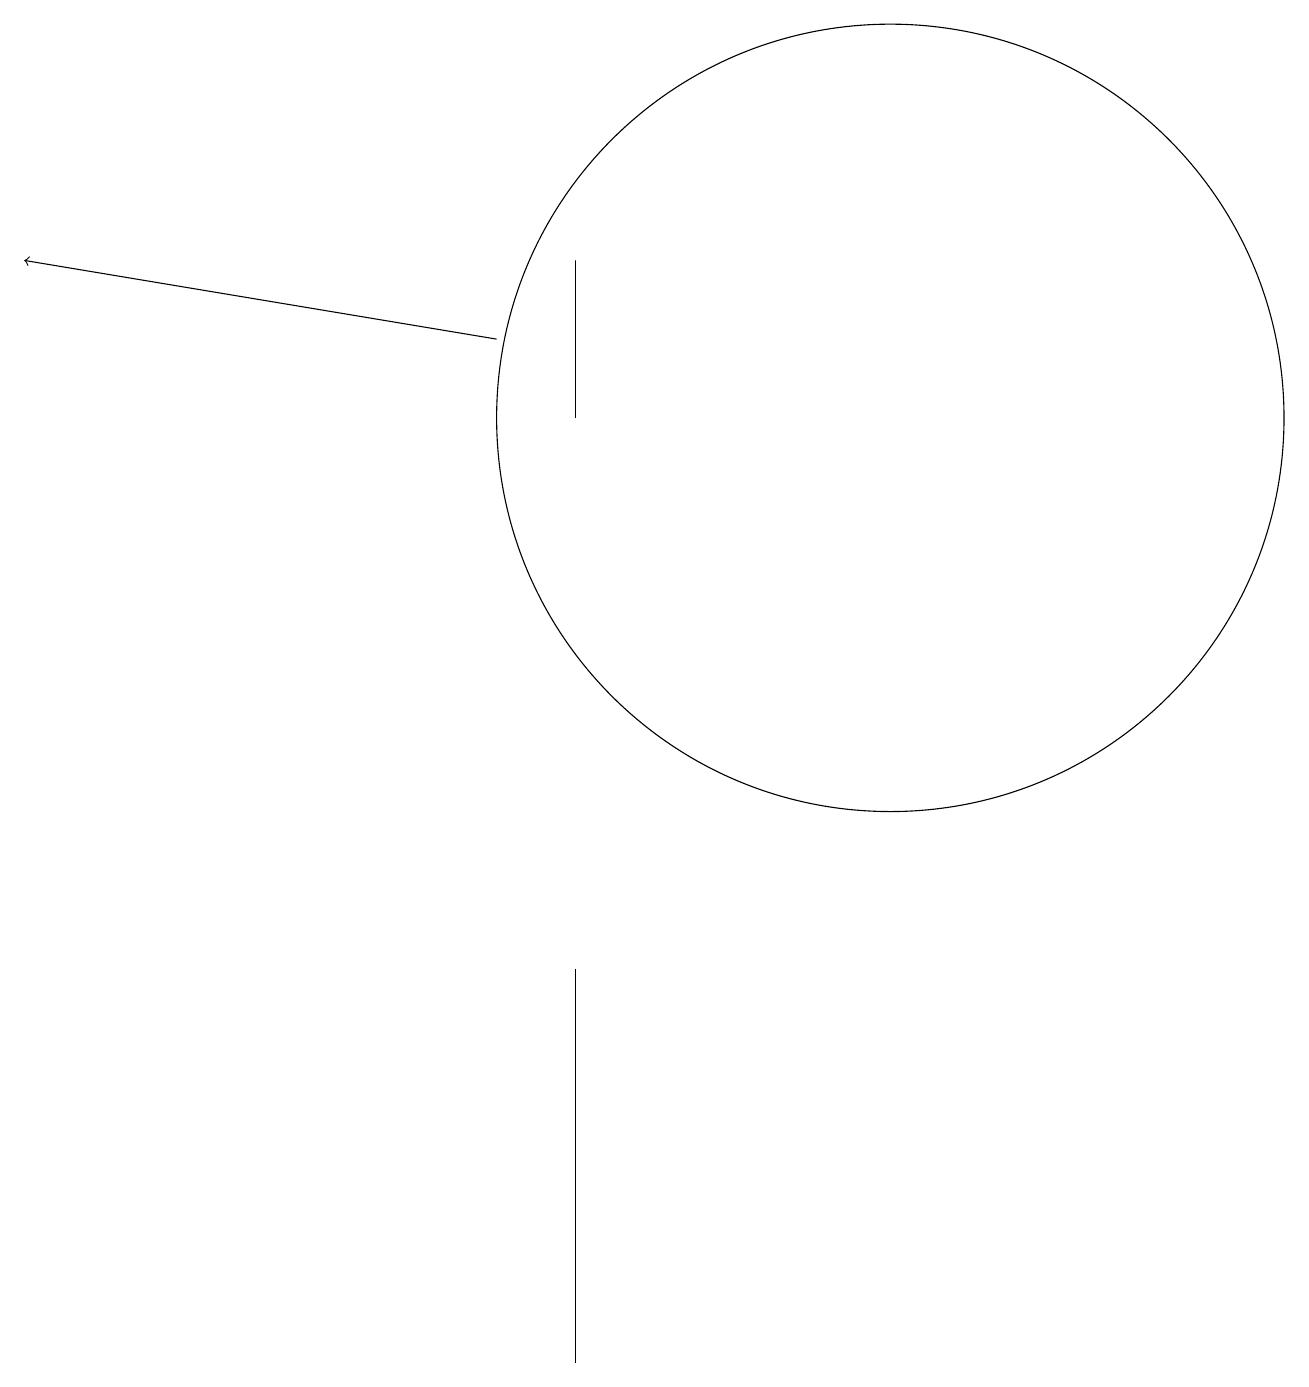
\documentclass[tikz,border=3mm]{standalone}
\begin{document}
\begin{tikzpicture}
\draw (7,0) -- (7,5) -- (7,1) -- cycle;
\draw (7,14) rectangle (7,12);
\draw (11,12) circle (5);
\draw[->] (6,13) -- (0,14);
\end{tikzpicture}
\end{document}